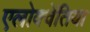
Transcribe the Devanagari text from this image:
एलोक्वेंतिया